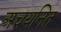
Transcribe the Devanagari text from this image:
अचयनित